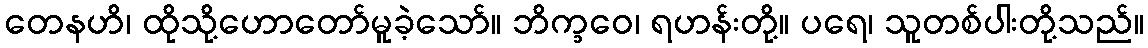
တေနဟိ၊ ထိုသို့ဟောတော်မူခဲ့သော်။ ဘိက္ခဝေ၊ ရဟန်းတို့။ ပရေ၊ သူတစ်ပါးတို့သည်။